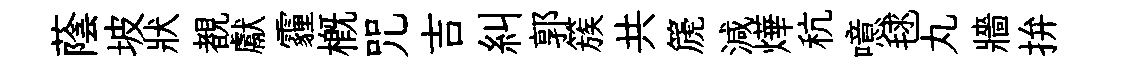
蔭坡狀覩獻霾概咒吉糾郭簇共篪減燁秔噫毬丸牆拚